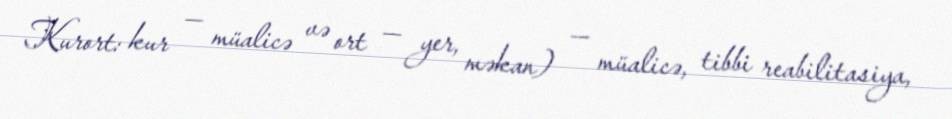
Kurort: kur — müalicə və ort — yer, məkan) — müalicə, tibbi reabilitasiya,